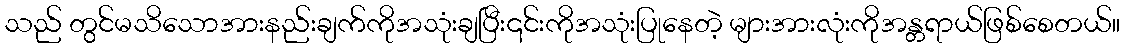
သည် တွင်မသိသောအားနည်းချက်ကိုအသုံးချပြီး၎င်းကိုအသုံးပြုနေတဲ့ များအားလုံးကိုအန္တရာယ်ဖြစ်စေတယ်။